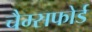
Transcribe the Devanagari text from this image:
चैम्सफोर्ड